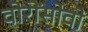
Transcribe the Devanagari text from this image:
वोरोंसोवो